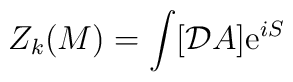
Z_k(M)= \int [{\cal D} A]  {\rm e}^{iS}